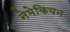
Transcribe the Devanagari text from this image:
नेमेकियन